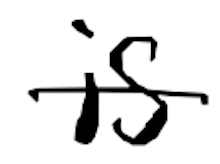
Text: is
Cross-out: single-line
Writing tool: digital_black